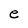
Character: e